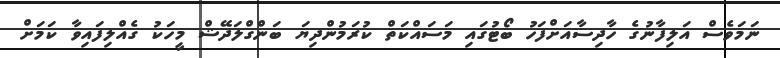
ނަމަވެސް އަލިފާނުގެ ހާދިސާއަށްފަހު ބޯޓުގައި މަސައްކަތް ކުރަމުންދިޔަ ބަންގްލަދޭޝް މީހަކު ގެއްލިފައިވާ ކަމަށް